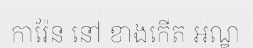
ការ៉ែន នៅ ខាងកើត អណ្ឌ